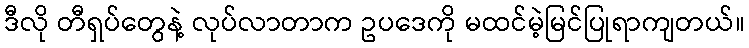
ဒီလို တီရှပ်တွေနဲ့ လုပ်လာတာက ဥပဒေကို မထင်မဲ့မြင်ပြုရာကျတယ်။